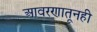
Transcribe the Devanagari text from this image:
आवरणातूनही